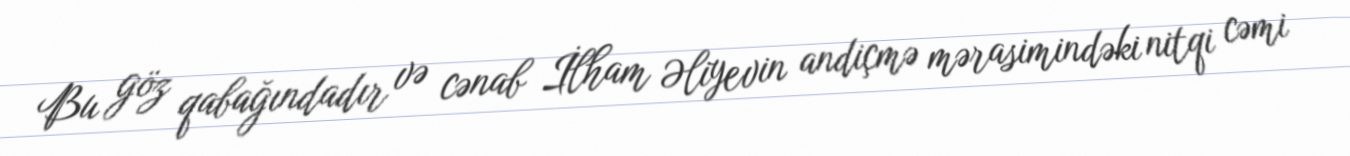
Bu göz qabağındadır və cənab İlham Əliyevin andiçmə mərasimindəki nitqi cəmi